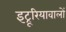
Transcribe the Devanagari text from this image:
इट्रूरियावालों